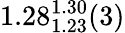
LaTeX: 1.28_{1.23}^{1.30}(3)